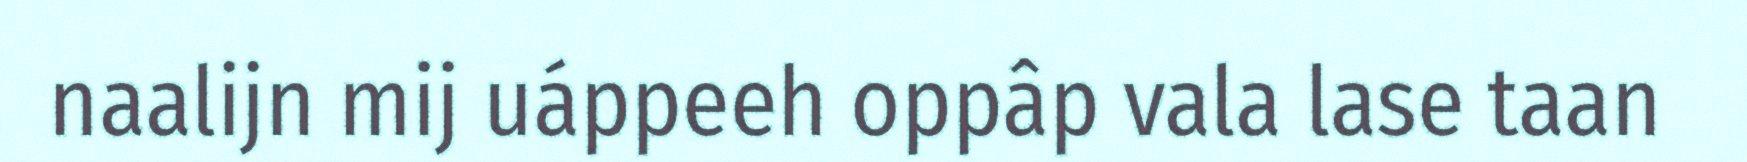
naalijn mij uáppeeh oppâp vala lase taan